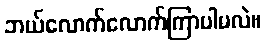
ဘယ်လောက်လောက်ကြာပါမလဲ။